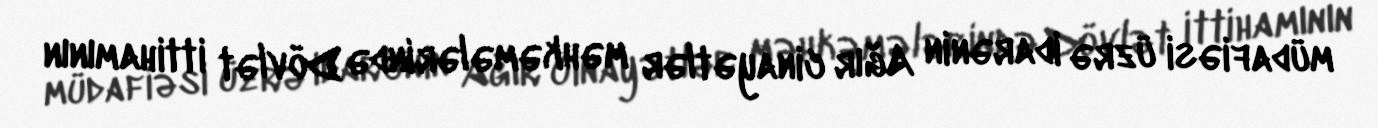
müdafiəsi üzrə idarənin Ağır cinayətlər məhkəmələrində Dövlət ittihamının